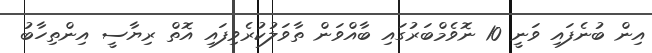
އިން ބުނެފައި ވަނީ 10 ނޮވެމްބަރުގައި ބާއްވަން ތާވަލުކުރެވިފައި އޮތް ރިޔާސީ އިންތިހާބު